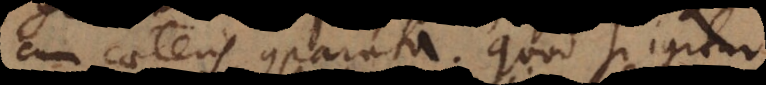
cum caeteris comparata. Quod si igitur